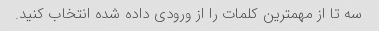
سه تا از مهمترین کلمات را از ورودی داده شده انتخاب کنید.